Vaccination in Bombay 1869-1873 - 1869-1873
Year: 1869
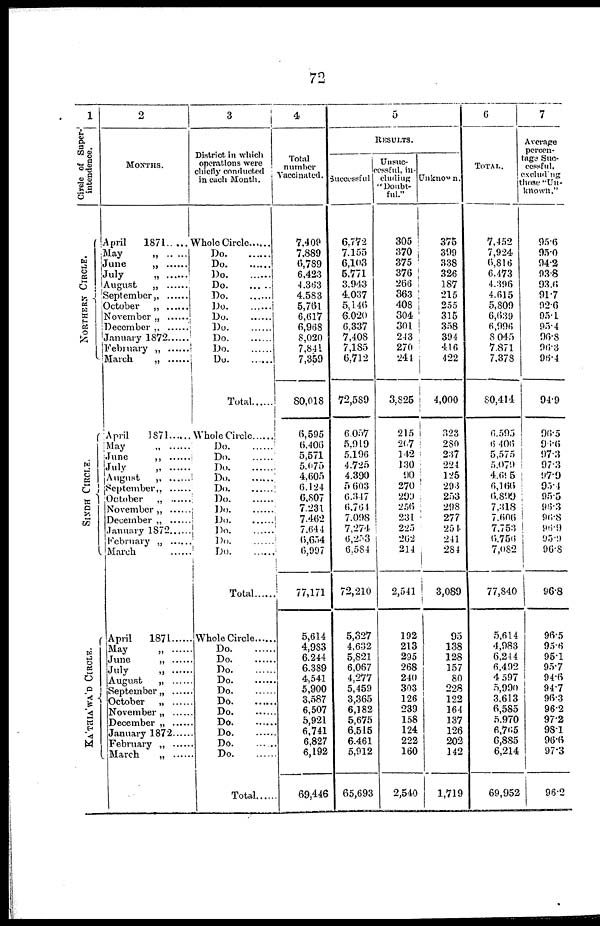
72
1
Circle of Super-
intendence.
NORTHERN CIRCLE.
SINDH CIRCLE.
KA'THIA'WA'D CIRCLE.
2
MONTHS.
April 1871 ......
May
„
June „ .....
July „ .....
August „ ......
September „ .......
October „ ......
November „ .....
December „ .....
January 1872
February „
March „ ......
April 1871 ......
May „
June „ ......
July „ ......
August „ .......
September „ ......
October „ .......
November „ .....
December „
January 1872 ....
February „ ......
March
April
1871
May
„
June „ ......
July „ ......
August
„
September „ ......
October
„
November „ .......
December „ ......
January 1872 ......
February „ ......
March
„
3
District in which
operations were
chiefly conducted
in each Month.
Whole Circle ......
Do.
....
Do.
......
Do.
......
Do.
......
Do.
......
Do.
......
Do.
......
Do.
......
Do.
......
Do. ......
Do. ......
Total
Whole Circle
Do.
......
Do.
.....
Do.
......
Do.
.....
Do.
....
Do.
......
Do.
.......
Do.
.......
Do.
.....
Do.
.......
Do.
.....
Total .......
Whole Circle ......
Do.
......
Do.
......
Do.
.......
Do.
.......
Do.
.......
Do.
.......
Do.
......
Do.
.......
Do.
......
Do.
......
Do.
.....
Total
4
Total
number
Vaccinated.
7,409
7,889
6,789
6,423
4,363
4,583
5,761
6,617
6,968
8,020
7,841
7,359
80,018
6,595
6,406
5,571
5,075
4,605
6,124
6,807
7,231
7,462
7,644
6,654
6,997
77,171
5,614
4,983
6,244
6,389
4,541
5,900
3,587
6,507
5,921
6,741
6,827
6,192
69,446
5
RESULTS.
Successful
6,772
7,155
6,103
5,771
3,943
4,037
5,146
6,020
6,337
7,408
7,185
6,712
72,589
6,057
5,919
5,196
4,725
4,390
5,603
6,347
6,764
7,098
7,274
6,253
6,584
72,210
5,327
4,632
5,821
6,067
4,277
5,459
3,365
6,182
5,675
6,515
6,461
5,912
65,693
Unsuc-
cessful, in¬
cluding
"Doubt-
ful."
305
370
375
376
266
363
408
304
301
243
270
244
3,825
215
207
142
130
90
270
299
256
231
225
262
214
2,541
192
213
295
268
240
303
126
239
158
124
222
160
2,540
Unknown.
375
399
338
326
187
215
255
315
358
394
416
422
4,000
323
280
237
224
125
293
253
298
277
254
241
284
3,089
95
138
128
157
80
228
122
164
137
126
202
142
1,719
6
TOTAL.
7,452
7,924
6,816
6,473
4,396
4,615
5,809
6,639
6,996
8,045
7,871
7,378
80,414
6,595
6,406
5,575
5,079
4,695
6,166
6,890
7,318
7,606
7,753
6,756
7,082
77,840
5,614
4,983
6,244
6,492
4 597
5,990
3,613
6,585
5,970
6,765
6,885
6,214
69,952
7
Average
percen-
tage Suc-
cessful,
excluding
those "Un-
known."
956
95.0
94.2
93.8
93.6
91.7
92.6
95.1
95.4
96.8
96.3
96.4
94.9
96.5
96.6
97.3
97.3
97.9
95.4
95.5
96.3
96.8
96.9
95.9
90.8
96.8
96.5
95.6
95.1
95.7
94.6
94.7
96.3
96.2
97.2
98.1
96.6
97.3
96.2